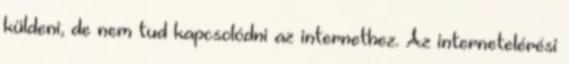
küldeni, de nem tud kapcsolódni az internethez. Az internetelérési